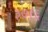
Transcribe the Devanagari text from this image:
३७१६